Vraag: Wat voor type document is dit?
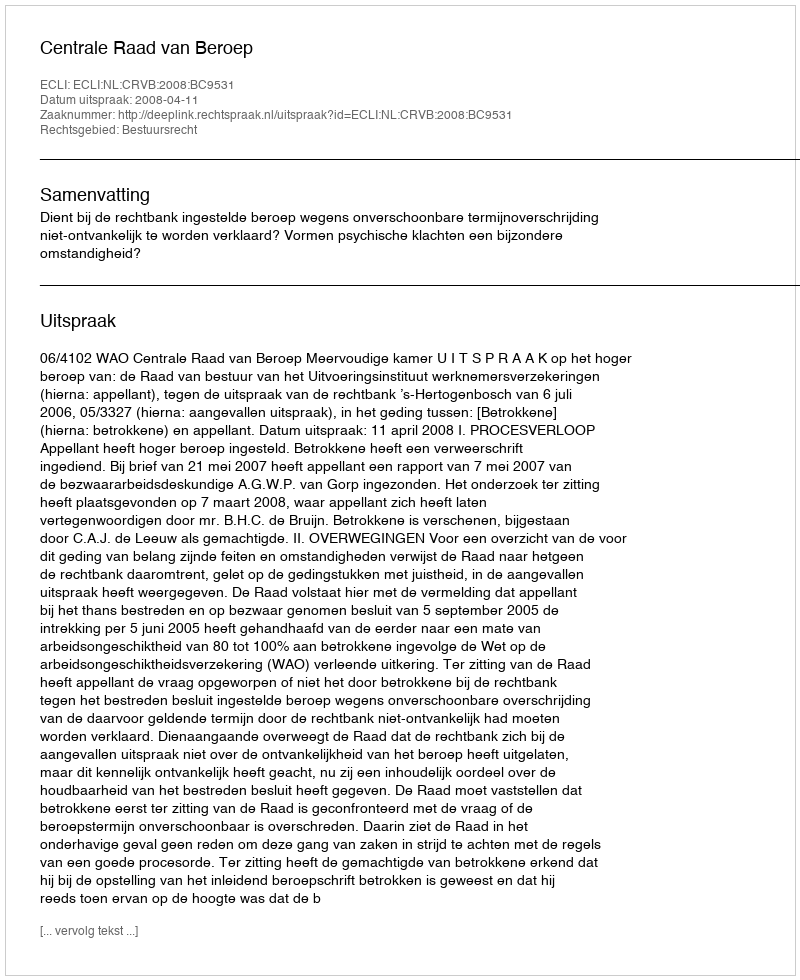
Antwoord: Uitspraak